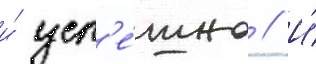
и́ усп'е́шно // И́